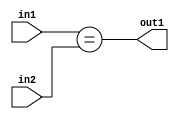
`timescale 1ps / 1ps
/*****************************************************************************
    Verilog RTL Description
    
    
    Created by: Stratus DpOpt 21.05.01 
*******************************************************************************/

module dut_Equal_14Ux10U_1U_4 (
	in2,
	in1,
	out1
	); /* architecture "behavioural" */ 
input [13:0] in2;
input [9:0] in1;
output  out1;
wire  asc001;

assign asc001 = (in1==in2);

assign out1 = asc001;
endmodule

/* CADENCE  urj1Qws= : u9/ySxbfrwZIxEzHVQQV8Q== ** DO NOT EDIT THIS LINE ******/